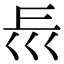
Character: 𡿰